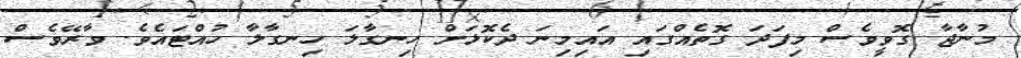
މުނާޖާ ގޮވީވެސް މިފަދަ ގޮތެއްގައި އައިމިނަ ދެކޮޅަށް ހިނގާލަ ހިނގާލާ ހުއްޓައެވެ. ވާރޭވެސް